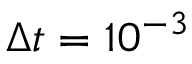
\Delta t = 1 0 ^ { - 3 }